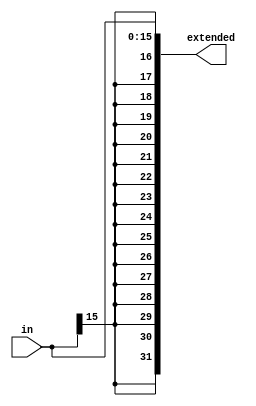
module signex_param
	# (parameter EXTSIZE = 32,
		parameter CURSIZE = 16,
		parameter MODE = 0)
	(output [EXTSIZE-1:0] extended,
    input [CURSIZE-1:0] in
    );
	 
	 // MODE = 0 signed
	 // MODE = 1 unsigned
	 localparam SIGN = 0, UNSIGN = 1;
	 
	 generate 
		if(MODE == SIGN) begin :signed_ext
			assign extended[EXTSIZE-1:0] = { {(EXTSIZE-CURSIZE){in[CURSIZE-1]}}, in[CURSIZE-1:0]};
	 	end
	 endgenerate

	 generate 
		if(MODE == UNSIGN) begin :unsigned_ext
			assign extended[EXTSIZE-1:0] = { {(EXTSIZE-CURSIZE){1'b0}}, in[CURSIZE-1:0]};
	 	end
	 endgenerate

endmodule